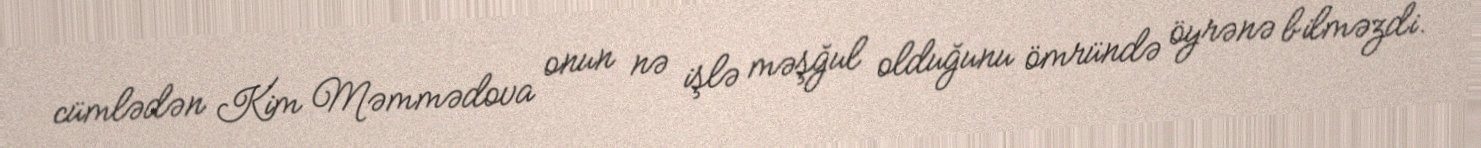
cümlədən Kim Məmmədova onun nə işlə məşğul olduğunu ömründə öyrənə bilməzdi.